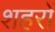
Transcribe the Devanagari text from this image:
शहरों